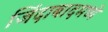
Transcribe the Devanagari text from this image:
जिंदाबादमध्ये